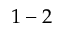
1 - 2